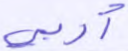
أربى